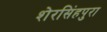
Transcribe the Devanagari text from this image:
शेरसिंहपुरा